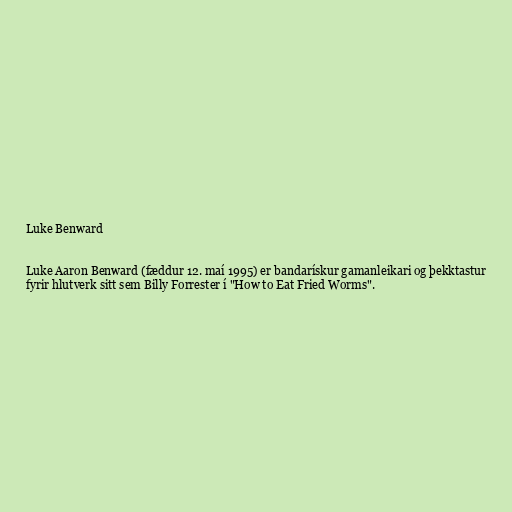
Luke Benward

Luke Aaron Benward (fæddur 12. maí 1995) er bandarískur gamanleikari og þekktastur
fyrir hlutverk sitt sem Billy Forrester í "How to Eat Fried Worms".